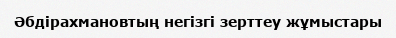
Әбдірахмановтың негізгі зерттеу жұмыстары